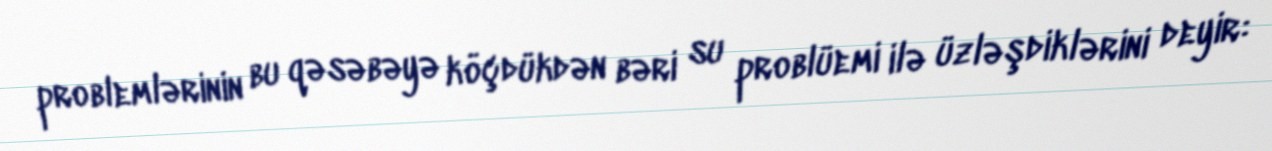
problemlərinin bu qəsəbəyə köçdükdən bəri su problüemi ilə üzləşdiklərini deyir: